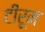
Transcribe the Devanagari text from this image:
टीरूम